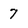
Character: 7